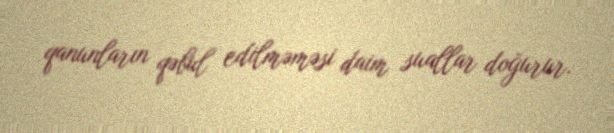
qanunların qəbul edilməməsi daim suallar doğurur.